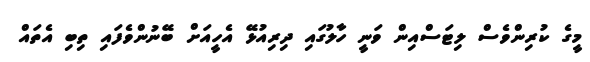
މީގެ ކުރިންވެސް ލިޓަސްއިން ވަނީ ހާލުގައި ދިރިއުޅޭ އެހީއަށް ބޭނުންވެފައި ތިބި އެތައް